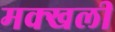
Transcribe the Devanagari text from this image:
मक्खली